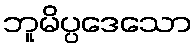
ဘူမိပ္ပဒေသော